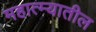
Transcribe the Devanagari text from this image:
महात्म्यातील